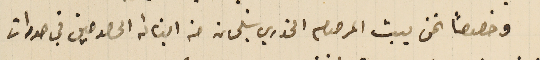
وخصوصاً نحن بيت المرحوم الخوري سَليمان من ابنائه الحصوصين في صورات